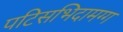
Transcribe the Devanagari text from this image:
पटिसभिदामग्ग